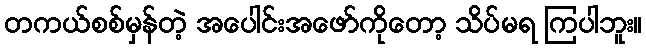
တကယ်စစ်မှန်တဲ့ အပေါင်းအဖော်ကိုတော့ သိပ်မရ ကြပါဘူး။